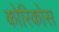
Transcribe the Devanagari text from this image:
कोरिकोस